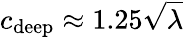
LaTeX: c_{\mathrm{deep}}\approx 1.25{\sqrt{\lambda}}